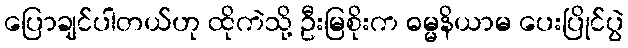
ပြောချင်ပါတယ်ဟု ထိုကဲသို့ ဦးမြစိုးက ဓမ္မနိယာမ ပေးပြိုင်ပွဲ